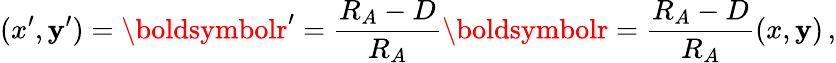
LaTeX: (x^{\prime},\mathbf{y}^{\prime})=\boldsymbolr^{\prime}={\frac{{R_{A}-D}}{{R_{A}}}}\boldsymbolr={\frac{{R_{A}-D}}{{R_{A}}}}(x,\mathbf{y})\, ,